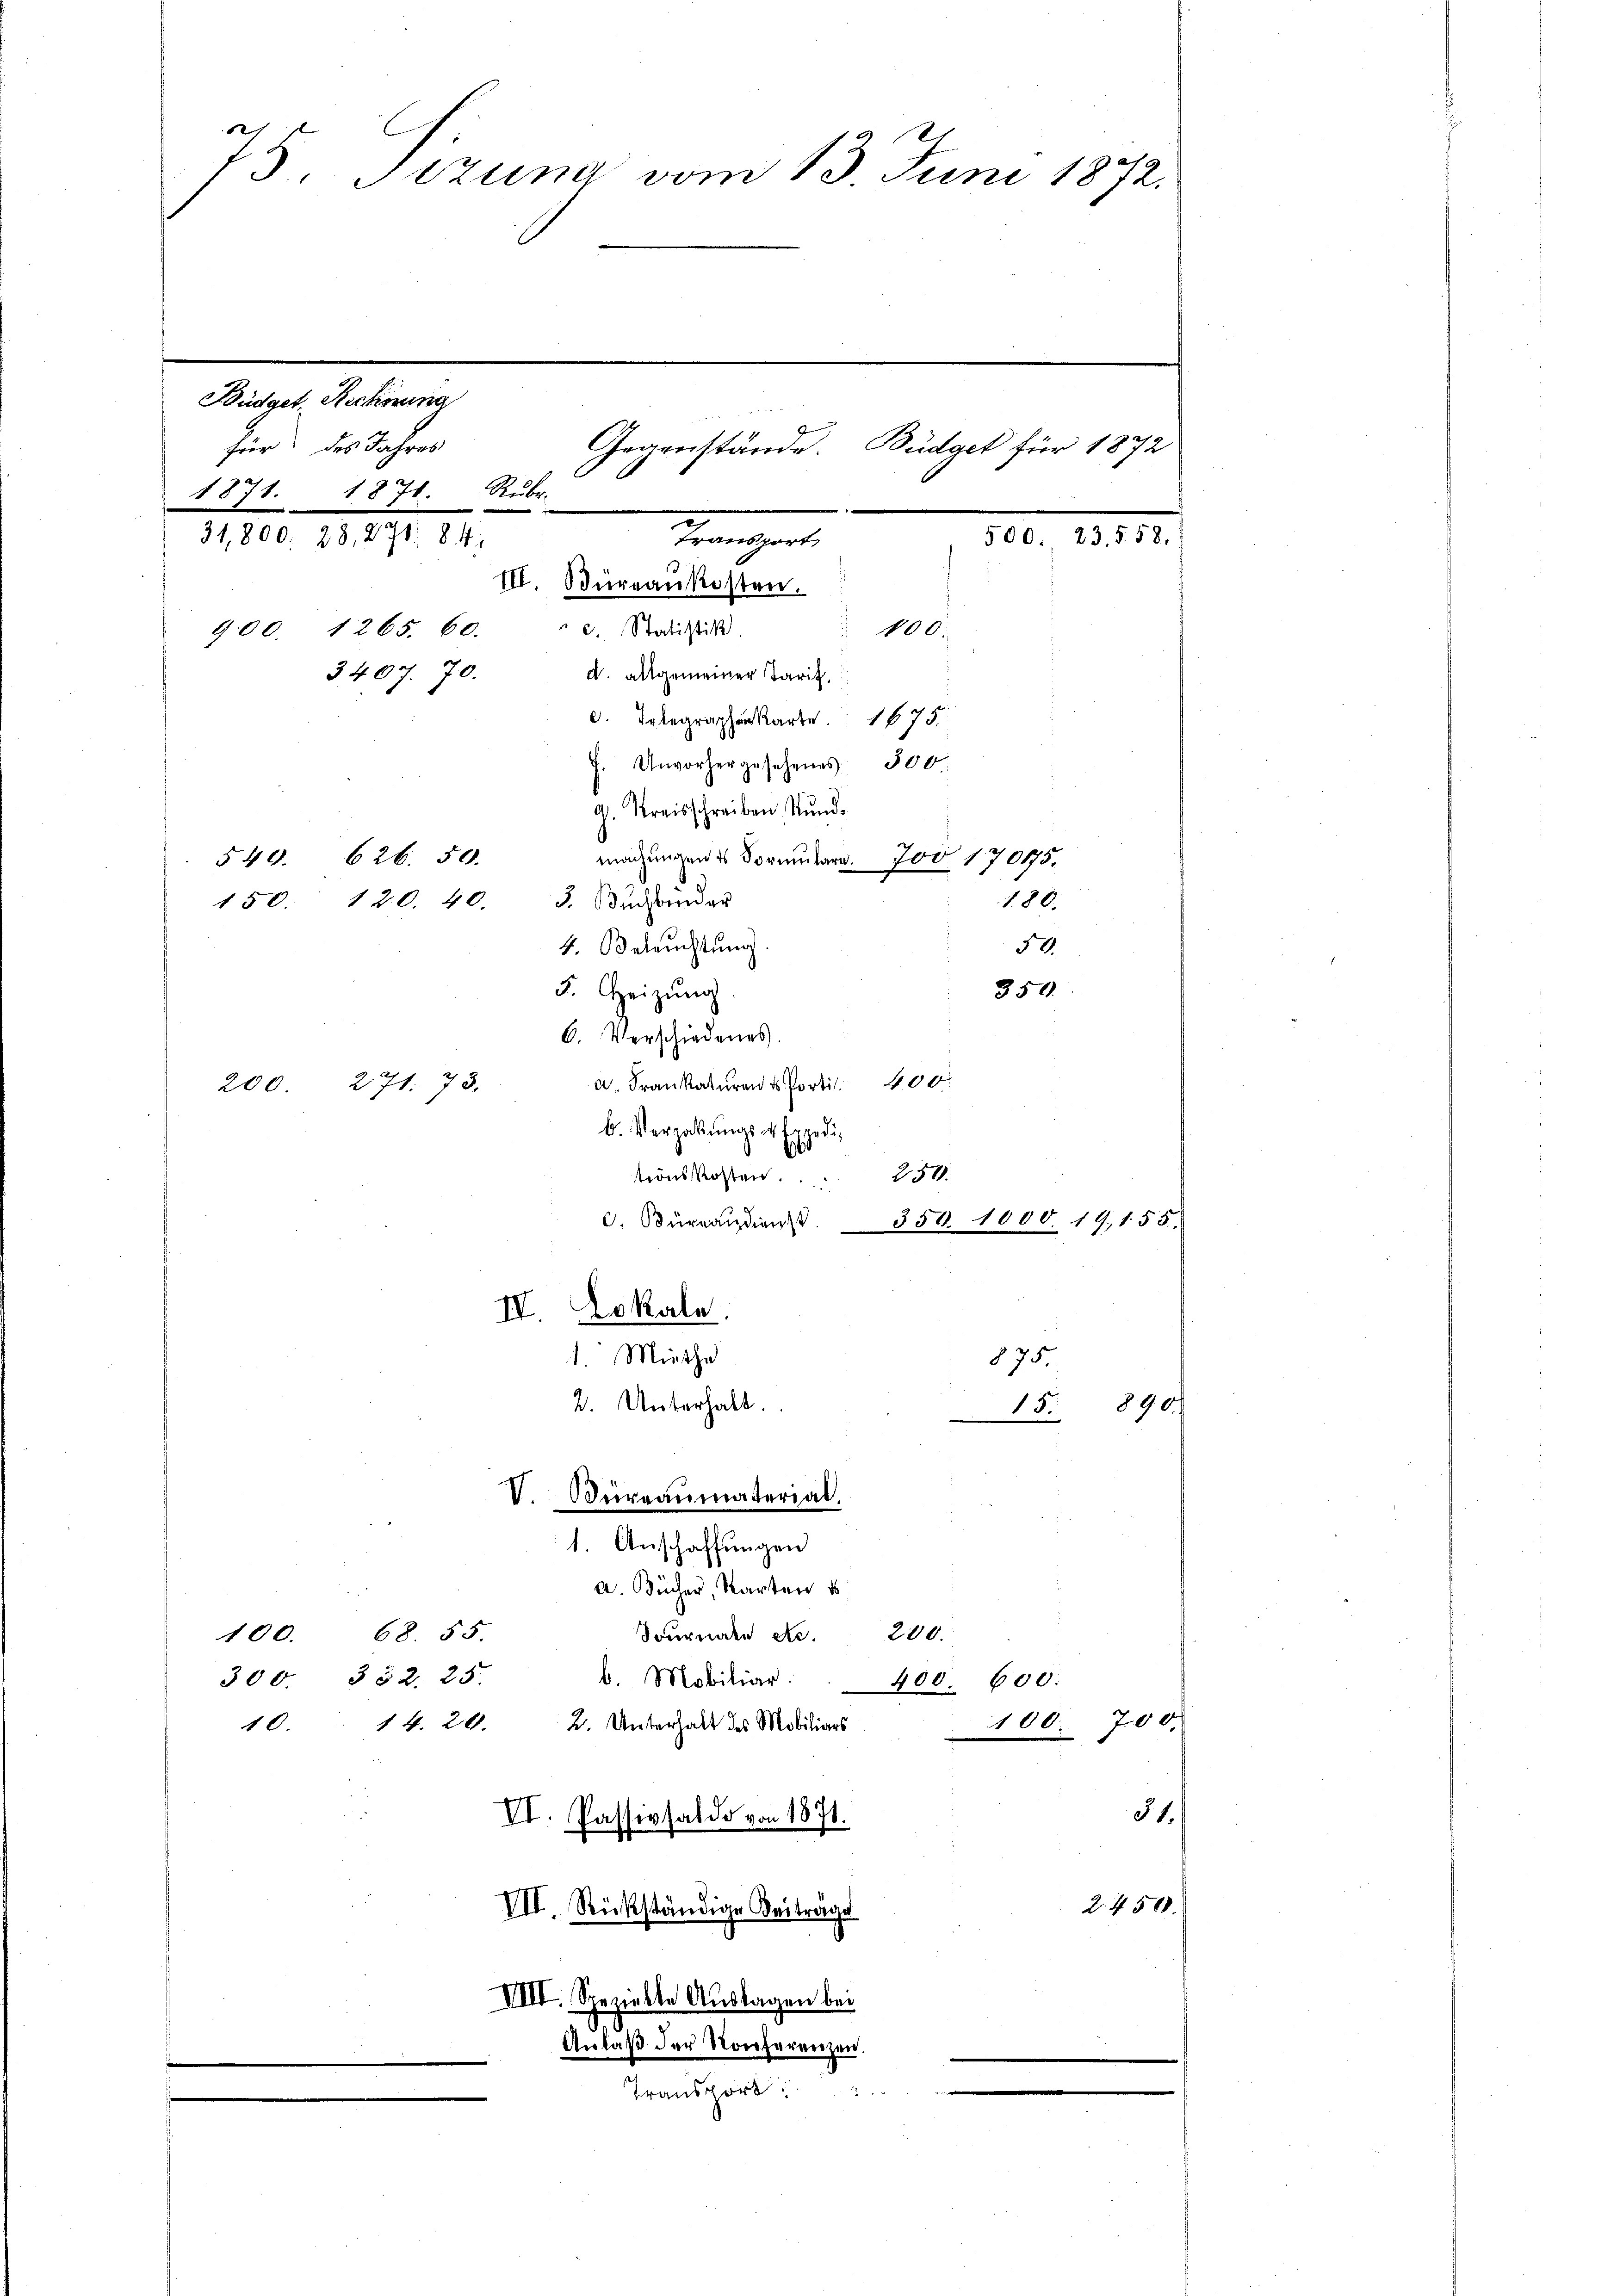
2
75. Sizung vom 13. Juni 1872.
Büdget, Rechnung
J
für des Jahres
Gegenstände. Büdget für 1872
1871. 1871. Rubr.
31,800: 28, 271. 84.
500. 23. 558.
Traungarte
III. Büreaukosten.
3. Statistik
100.
900. 1265. 60.
3407. 70.
d. allgemeiner Tarif
. Telegraphen Karte 1675
7. Unvorhergesehens 500.
Streisschreiben Kund¬
540. 626. 50.
machungen es Formulara. 700 170175.
150. 120. 40. 3. Buchhander
180.
50.
4. Beleuchtung
5. Heizung
350.
6. Verschiedenes.
a. Frankaturen u. Portit. 400
200 271. 73.

b. Vergabŭngs- & Expeditions Kosten 25.
d. Büreaudienst.88
IV Lokale.
1. Miethe
2. Unterhalt.
1. Anschaffungen
a. Bücher, Karten d
100. 68. 55.
Sournale Nr. 280.
b. Mobiliar
300. 352. 25.
10. 14. 20. 2. Unterhalt des Mobiliars
VI. Passivsaldo von 1871.
VII. Rückständige Beiträge
VIII. Spezielle Auslagen bei
Anlaß der Konferenzen.
Transport

V. Bureaumaterial,

400. 600.
100. 700.

d. 1000. 19,155.
875.
15. 890.

.

51.
2. 4500.